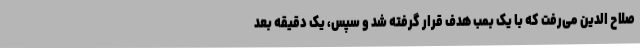
صلاح الدین می‌رفت که با یک بمب هدف قرار گرفته شد و سپس، یک دقیقه بعد